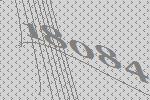
18084